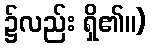
၌လည်း ရှိ၏။)